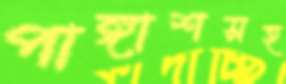
পাঙ্গাশসহ